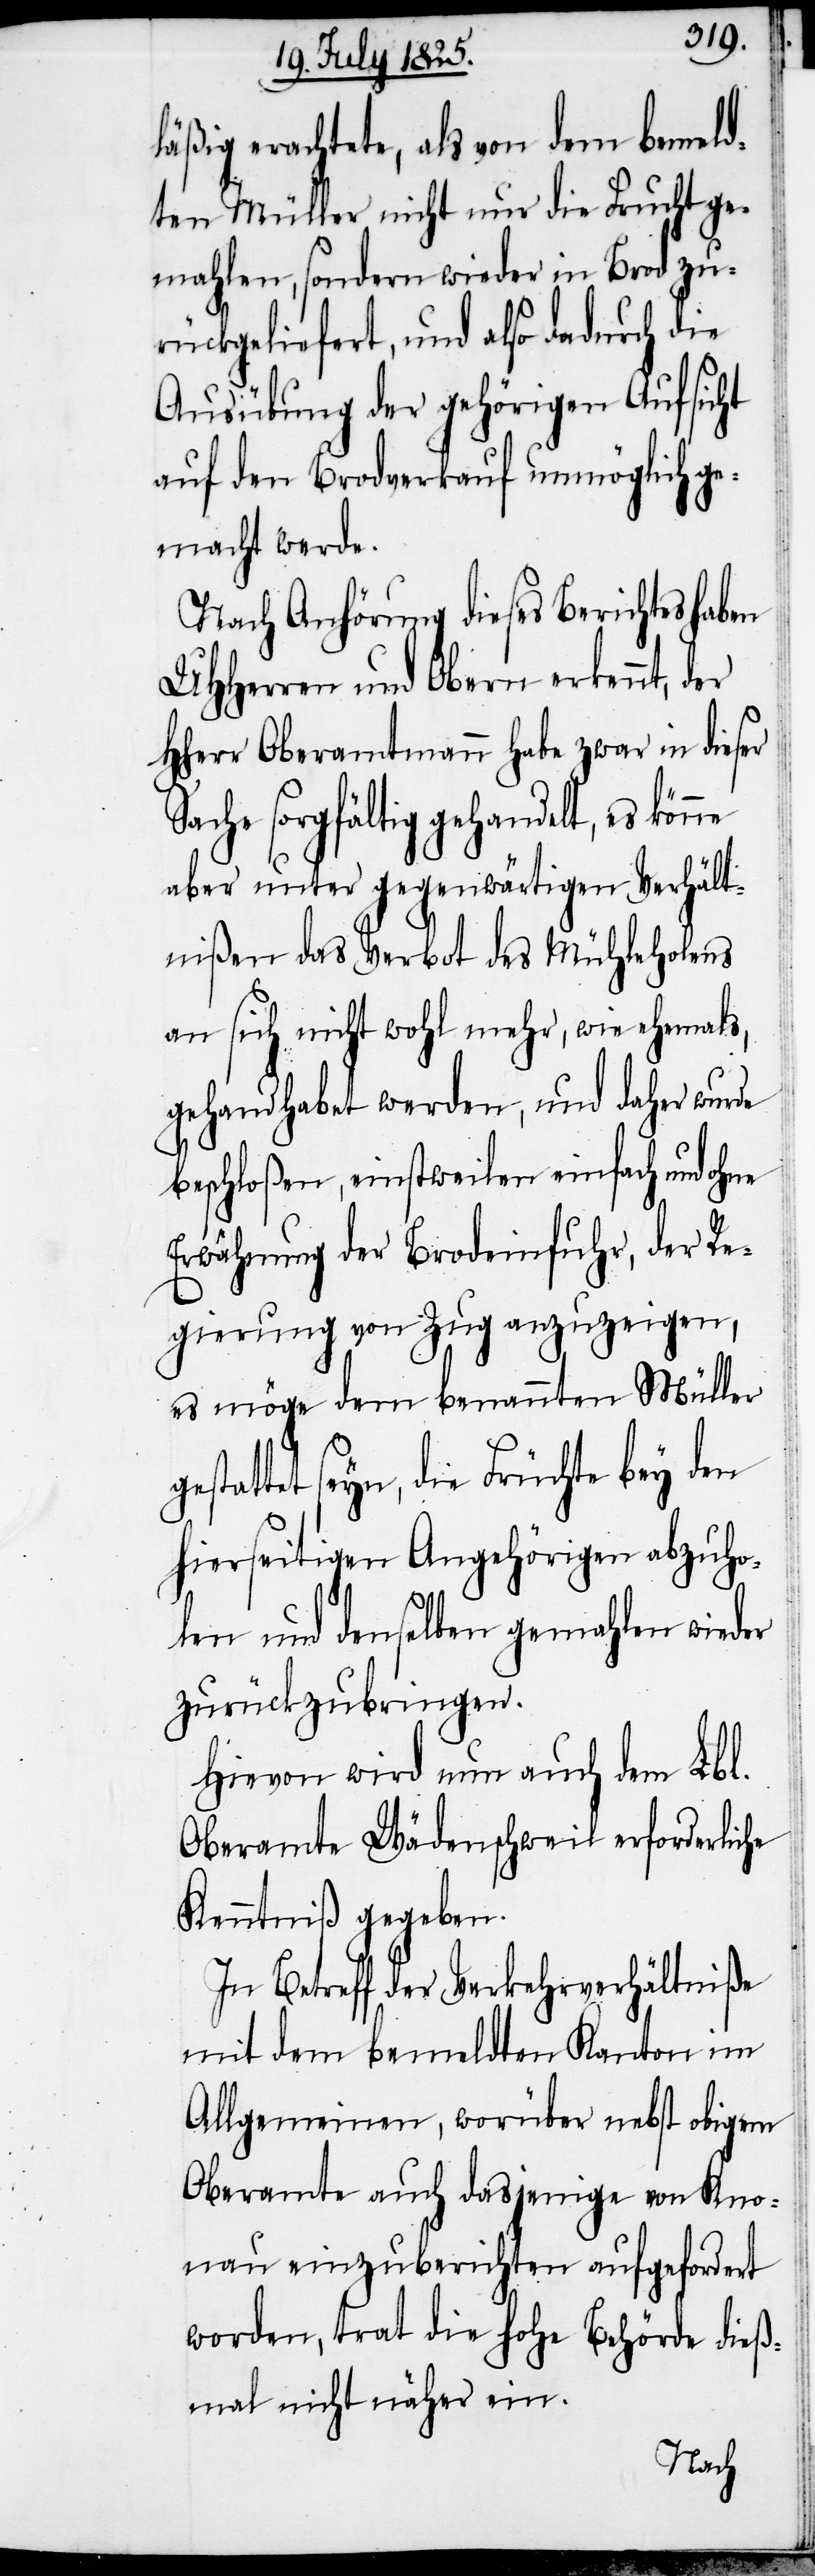
läßig erachtete, als von dem bemeld¬
ten Müller nicht nur die Frucht ge¬
mahlen, sondern wieder in Brod zu¬
rückgeliefert, und also dadurch die
Ausübung der gehörigen Aufsicht
auf den Brodverkauf unmöglich ge¬
macht werde.
Nach Anhörung dieses Berichtes haben
UHHerren und Obern erkennt, der
HHerr Oberamtmann habe zwar in dieser
Sache sorgfältig gehandelt, es könne
aber unter gegenwärtigen Verhält¬
nißen das Verbot des Mühleholens
an sich nicht wohl mehr, wie ehemals,
gehandhabet werden, und daher wurde
beschloßen, einstweilen einfach und ohne
Erwähnung der Brodeinfuhr, der Re¬
gierung von Zug anzuzeigen,
es möge dem benannten Müller
seyn, die Früchte bey den
hierseitigen Angehörigen abzuho¬
len und denselben gemahlen wieder
zurückzubringen.
Hievon wird nun auch dem Lbl.
Oberamte Wädenschweil erforderliche
Kenntniß gegeben.
In Betreff der Verkehrsverhältniße
mit dem bemeldten Kanton im
Allgemeinen, worüber nebst obigem
Oberamte auch dasjenige von Kno¬
nau einzuberichten aufgefordert
worden, trat die hohe Behörde dies¬
mal nicht näher ein.